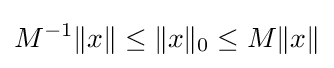
\displaystyle {M^{-1}\|x\|\leq \|x\|_{0}\leq M\|x\|}